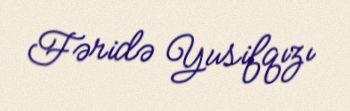
Fəridə Yusifqızı